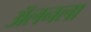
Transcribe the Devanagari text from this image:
अॅलनला